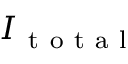
I _ { \mathrm { ~ t ~ o ~ t ~ a ~ l ~ } }